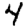
Digit: 4